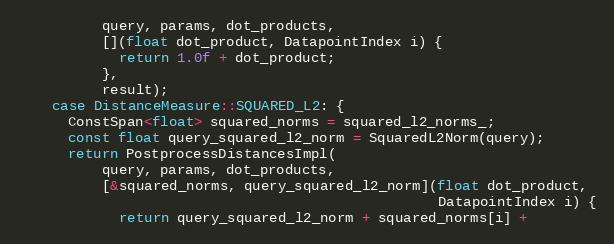
Language: C++
          query, params, dot_products,
          [](float dot_product, DatapointIndex i) {
            return 1.0f + dot_product;
          },
          result);
    case DistanceMeasure::SQUARED_L2: {
      ConstSpan<float> squared_norms = squared_l2_norms_;
      const float query_squared_l2_norm = SquaredL2Norm(query);
      return PostprocessDistancesImpl(
          query, params, dot_products,
          [&squared_norms, query_squared_l2_norm](float dot_product,
                                                  DatapointIndex i) {
            return query_squared_l2_norm + squared_norms[i] +